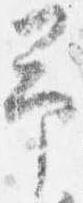
予